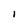
Character: l